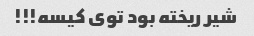
شیر ریخته بود توی کیسه!!!